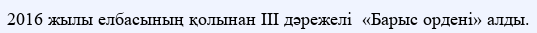
2016 жылы елбасының қолынан ІІІ дәрежелі  «Барыс ордені» алды.